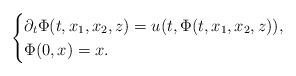
LaTeX: \begin{align*}\begin{cases}\partial_t \Phi(t,x_1,x_2,z)= u(t, \Phi(t,x_1,x_2,z)),\\\Phi(0,x)=x.\end{cases}\end{align*}